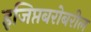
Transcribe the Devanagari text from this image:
इजिप्तबरोबरील